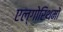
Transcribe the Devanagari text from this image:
एल्गोरिथमों